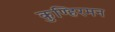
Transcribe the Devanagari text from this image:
कुण्हिरमन